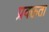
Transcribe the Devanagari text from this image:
प्रवक्तता